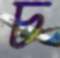
চ